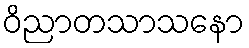
ဝိညာတသာသနော